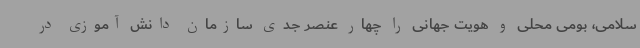
سلامی، بومی محلی و هویت جهانی را چهار عنصر جدی سازمان دانش آموزی در